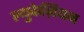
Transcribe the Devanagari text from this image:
ल्युकेज़ियन